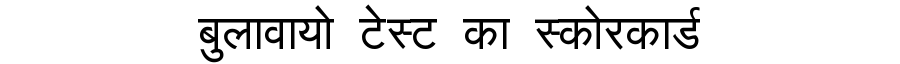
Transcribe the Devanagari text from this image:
बुलावायो टेस्ट का स्कोरकार्ड